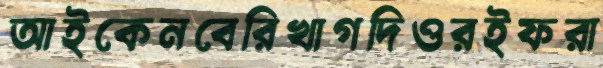
আইকেনবেরিখাগদিওরইফরা